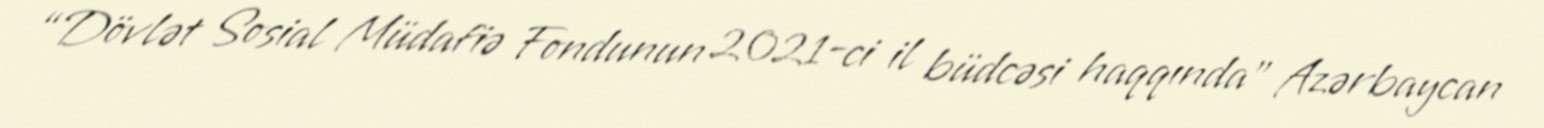
“Dövlət Sosial Müdafiə Fondunun 2021-ci il büdcəsi haqqında” Azərbaycan